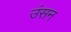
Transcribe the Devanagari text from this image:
उंसन